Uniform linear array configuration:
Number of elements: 8
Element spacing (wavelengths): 1
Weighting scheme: kaiser
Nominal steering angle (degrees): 15
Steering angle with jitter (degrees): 16.739
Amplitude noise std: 0.05
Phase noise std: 0.05

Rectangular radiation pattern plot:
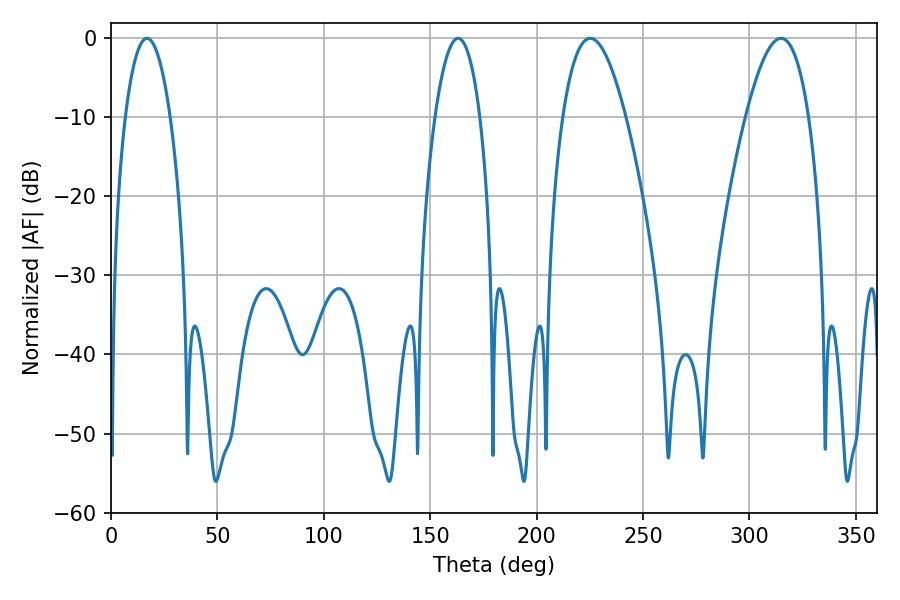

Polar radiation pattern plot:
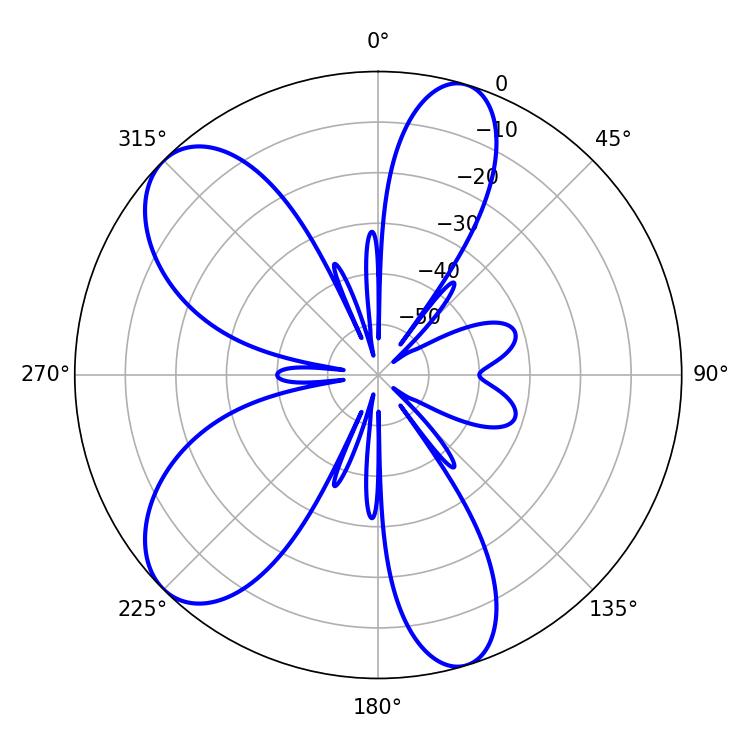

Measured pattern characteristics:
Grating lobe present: TRUE
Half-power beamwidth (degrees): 16.2
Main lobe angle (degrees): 225.18